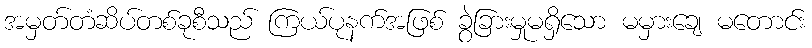
အမှတ်တံဆိပ်တစ်ခုစီသည် ကြယ်ပုနက်အဖြစ် ခွဲခြားမှုမရှိသော မမှားချေ မတောင်း